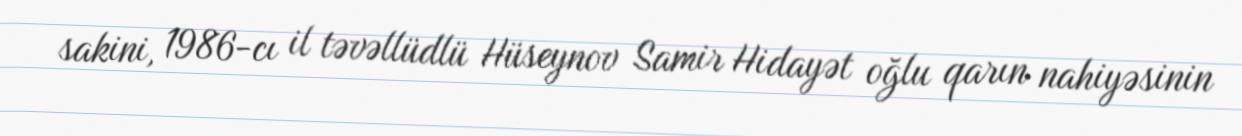
sakini, 1986-cı il təvəllüdlü Hüseynov Samir Hidayət oğlu qarın nahiyəsinin